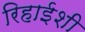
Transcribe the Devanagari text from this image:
रिहाईशी